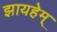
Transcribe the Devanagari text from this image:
झायहेम्